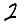
Digit: 2